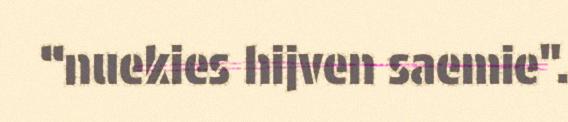
“nuekies hijven saemie".